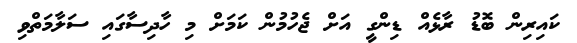
ކައިރިން ބޮޑު ރާޅެއް ޑިންގީ އަށް ޖެހުމުން ކަމަށް މި ހާދިސާގައި ސަލާމަތްވި